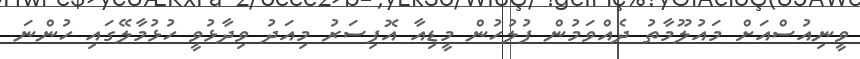
ވީނިއުސްއަށް މައުލޫމާތު ދެއްވަމުން ފުލުހުން މީޑިއާ އޮފިސަރު މިއަދު ވިދާޅުވީ ހުޅުމާލޭގައި ހުންނަ